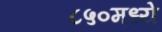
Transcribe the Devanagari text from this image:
८५०मध्ये